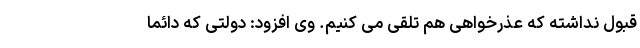
قبول نداشته که عذرخواهی هم تلقی می کنیم. وی افزود: دولتی که دائما